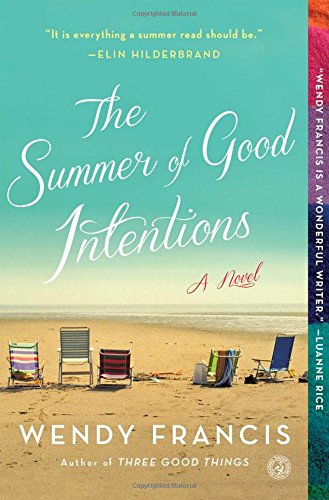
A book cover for The Summer of Good Intentions: A Novel; Wendy Francis; Literature & Fiction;